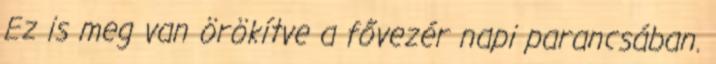
Ez is meg van örökítve a fővezér napi parancsában.